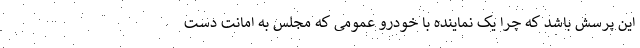
این پرسش باشد که چرا یک نماینده با خودرو عمومی که مجلس به امانت دست